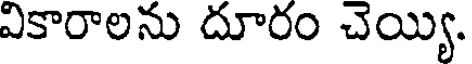
వికారాలను దూరం చెయ్యి.